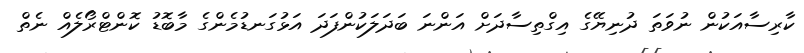
ކާރިސާއަކުން ނުވަތަ ދުނިޔޭގެ އިގްތިސާދަށް އަންނަ ބަދަލަކުންފަދަ އަޅުގަނޑުމެންގެ މާބޮޑު ކޮންޓްރޯލެއް ނެތް